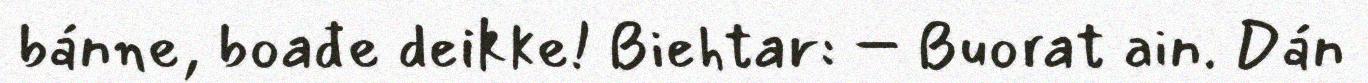
bánne, boađe deikke! Biehtar: – Buorat ain. Dán